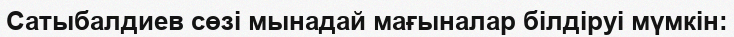
Сатыбалдиев сөзі мынадай мағыналар білдіруі мүмкін: